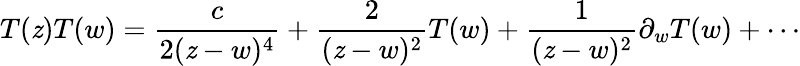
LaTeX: T(\mathit{z})T(w)=\frac{{c}}{{2(\mathit{z}-w)^{4}}}+\frac{{2}}{{(\mathit{z}-w)^{2}}}T(w)+\frac{{1}}{{(\mathit{z}-w)^{2}}}\partial_{w}T(w)+\cdots